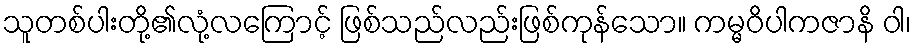
သူတစ်ပါးတို့၏လုံ့လကြောင့် ဖြစ်သည်လည်းဖြစ်ကုန်သော။ ကမ္မဝိပါကဇာနိ ဝါ၊